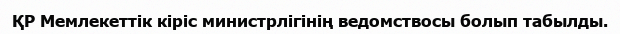
ҚР Мемлекеттік кіріс министрлігінің ведомствосы болып табылды.